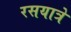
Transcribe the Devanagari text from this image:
रसयात्रे